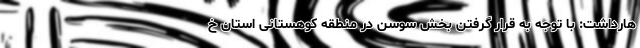
هارداشت: با توجه به قرار گرفتن بخش سوسن در منطقه کوهستانی استان خ